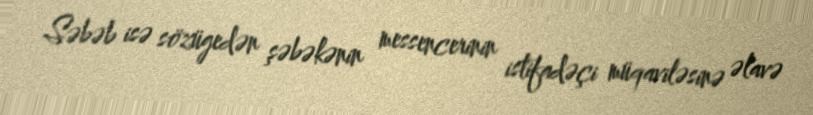
Səbəb isə sözügedən şəbəkənin messencerinin istifadəçi müqaviləsinə əlavə